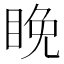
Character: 睌